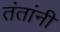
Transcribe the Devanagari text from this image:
तंतांनी